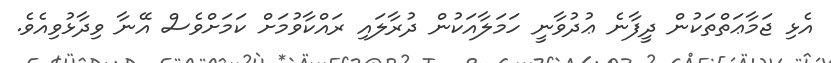
އެޅި ޖަމާޢަތްތަކުން ދީފާނެ ޢުދުވާނީ ހަމަލާއަކުން ދުރާލައި ރައްކާވުމަށް ކަމަށްވެސް އޭނާ ވިދާޅުވިއެވެ.